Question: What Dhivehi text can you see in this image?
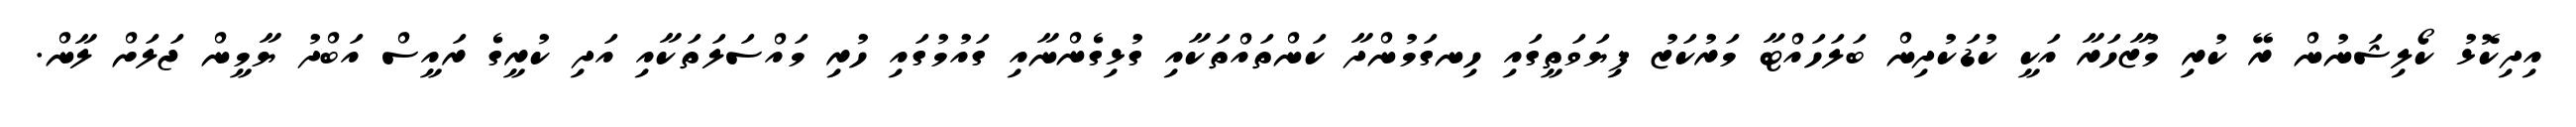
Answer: އިދިކޮޅު ކޯލިޝަނުން ރޭ ކުރި މުޒާހަރާ އަކީ ކުޑަކުދިން ބަލަހައްޓާ މަރުކަޒު ފިޔަވަތީގައި ހިނގަމުންދާ ކަންތައްތަކާއި ގުޅިގެންނާއި ގައުމުގައި ހުރި މައްސަލަތަކާއި އަދި ކުރީގެ ރައީސް އަބްދު ޔާމީން ޖަލަށް ލާން.